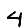
Digit: 4